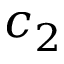
c _ { 2 }